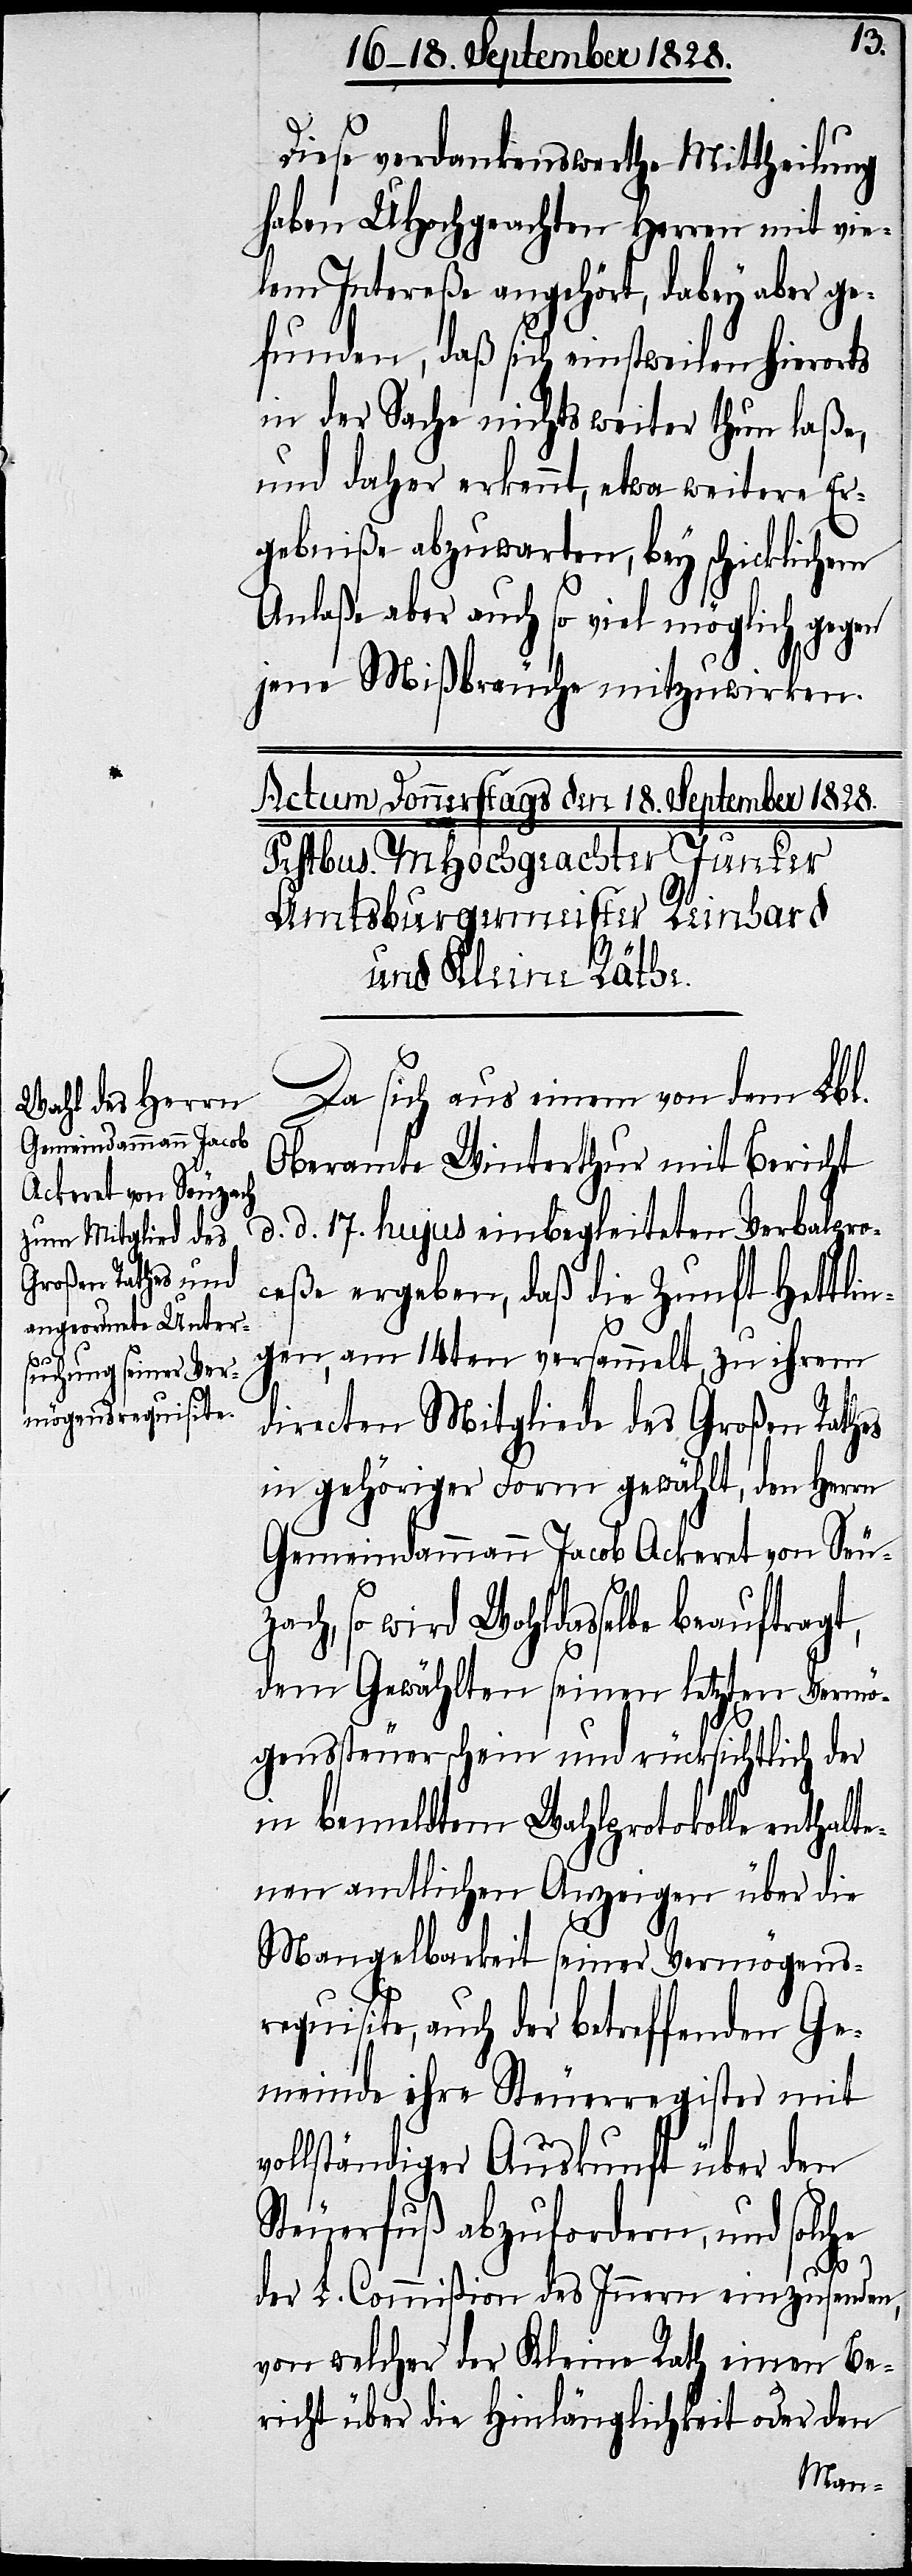
Diese verdankenswerthe Mittheilung
haben UHochgeachten Herren mit vie¬
lem Intereße angehört, dabey aber ge¬
funden, daß sich einstweilen hierorts
in der Sache nichts weiter thun laße,
und daher erkennt, etwa weitere Er¬
gebniße abzuwarten, bey schicklichem
Anlaße aber auch so viel möglich gegen
jene Mißbräuche mitzuwirken.
Da sich aus einem von dem Lbl.
Oberamte Winterthur mit Bericht
d. d. 17. hujus einbegleiteten Verbalpro¬
ceße ergeben, daß die Zunft Hettlin¬
gen, am 14ten versammelt, zu ihrem
directen Mitgliede des Großen Rathes
in gehöriger Form gewählt, den Herrn
Gemeindammann Jacob Ackeret von Seu¬
zach, so wird Wohldasselbe beauftragt,
dem Gewählten seinen letzten Vermö¬
genssteuerschein und rücksichtlich der
in bemeldtem Wahlprotokolle enthalt¬
enen amtlichen Anzeigen über die
Mangelbarkeit seiner Vermögens¬
requisite, auch der betreffenden Ge¬
meinde ihre Steuerregister mit
vollständiger Auskunft über den
Steuerfuß abzufordern, und solche
der L. Commißion des Innern einzusenden,
von welcher der Kleine Rath einen Be¬
richt über die Hinlänglichkeit oder den